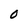
Character: O